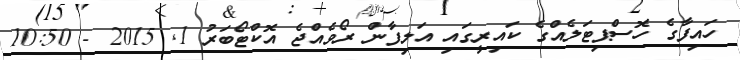
ހައިފާގެ ހޮސްޕިޓަލެއްގެ ކައިރީގައި އަލިފާން ރޯވެއްޖެ އޮކްޓޯބަރު 1